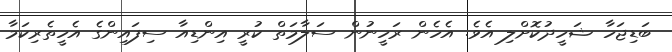
ބަޑިޖަހާ ޝަހީދުކޮށްލި އެވެ. އެހެން ރަހީނުން ސަލާމަތް ކުރީ އިންޑިއާ ސިފައިންގެ އެހީތެރިކަމާ